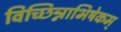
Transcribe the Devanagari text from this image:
विच्छिन्नाभिषेकम्